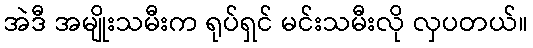
အဲဒီ အမျိုးသမီးက ရုပ်ရှင် မင်းသမီးလို လှပတယ်။